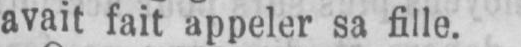
avait fait appeler sa fille.